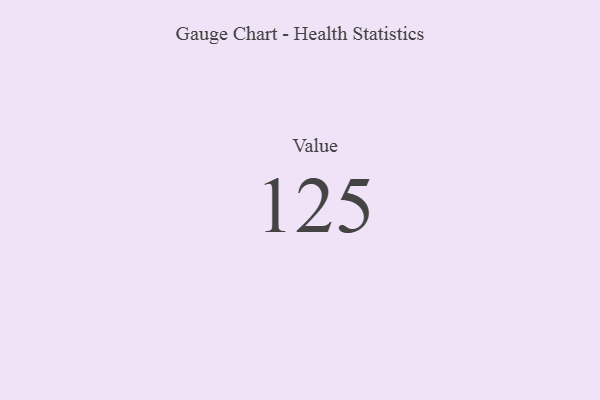
{"axis": {"x": "Metric", "y": "Value"}, "legend": [""], "data": [{"x": "Value", "y": 125, "type": ""}]}